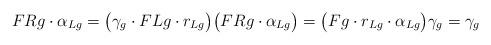
LaTeX: \begin{align*} F{R}g\cdot\alpha_{Lg}= \bigl( \gamma_g\cdot F{L}g\cdot r_{Lg} \bigr) \bigl( F{R}g\cdot\alpha_{Lg} \bigr) = \bigl( Fg\cdot r_{Lg}\cdot\alpha_{{L}g} \bigr) \gamma_g =\gamma_g\end{align*}